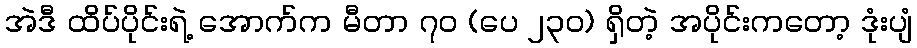
အဲဒီ ထိပ်ပိုင်းရဲ့ အောက်က မီတာ ၇၀ (ပေ ၂၃၀) ရှိတဲ့ အပိုင်းကတော့ ဒုံးပျံ